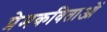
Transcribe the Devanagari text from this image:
प्रेमकविताओं